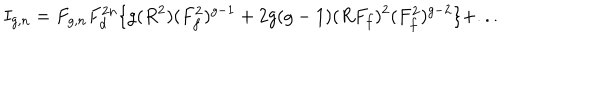
I _ { g , n } = F _ { g , n } F _ { d } ^ { 2 n } \{ g ( R ^ { 2 } ) ( F _ { f } ^ { 2 } ) ^ { g - 1 } + 2 g ( g - 1 ) ( R F _ { f } ) ^ { 2 } ( F _ { f } ^ { 2 } ) ^ { g - 2 } \} + . . .